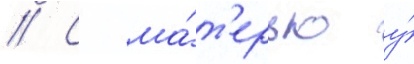
// С ма́т'ерью у́